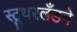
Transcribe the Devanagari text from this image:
स्टूथरलँडने